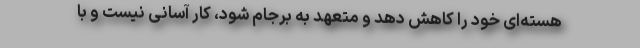
هسته‌ای خود را کاهش دهد و متعهد به برجام شود، کار آسانی نیست و با